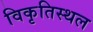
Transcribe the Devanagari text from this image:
विकृतिस्थल